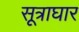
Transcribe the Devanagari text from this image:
सूत्राघार